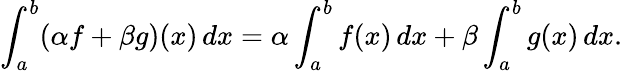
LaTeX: \int_{a}^{b}(\alpha f+\beta g)(x)\, dx=\alpha\int_{a}^{b}f(x)\, dx+\beta\int_{a}^{b}g(x)\, dx.